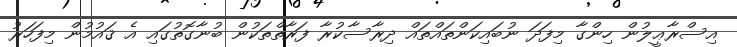
އިސްރާޢީލުން ހިންގާ މިފަދަ ނުބައިކަންތައްތައް ދިރާސާކުރާ ފަރާތްތަކުން ބުނާގޮތުގައި އެ ޤައުމުން މިފަހަރު